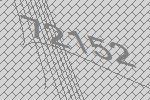
72152